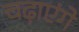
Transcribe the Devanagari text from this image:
चढ़ाएंगे